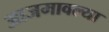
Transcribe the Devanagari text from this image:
आजमावल्या